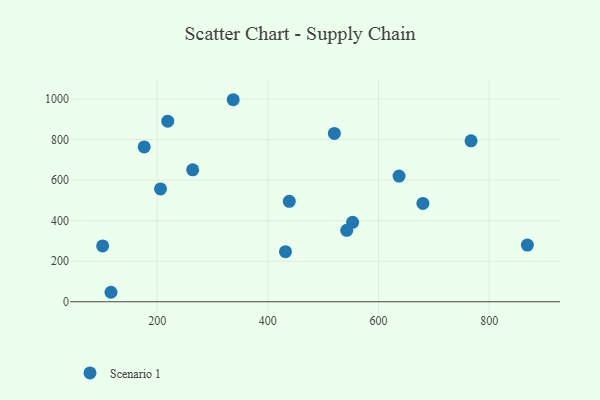
{"axis": {"x": "Ad Spend", "y": "Yield"}, "legend": ["Scenario 1"], "data": [{"x": "176.6", "y": 763.8, "type": "Scenario 1"}, {"x": "520.2", "y": 830.4, "type": "Scenario 1"}, {"x": "869.0", "y": 279.5, "type": "Scenario 1"}, {"x": "553.2", "y": 391.8, "type": "Scenario 1"}, {"x": "219.2", "y": 890.8, "type": "Scenario 1"}, {"x": "337.4", "y": 996.5, "type": "Scenario 1"}, {"x": "767.2", "y": 793.7, "type": "Scenario 1"}, {"x": "542.6", "y": 352.2, "type": "Scenario 1"}, {"x": "101.5", "y": 275.2, "type": "Scenario 1"}, {"x": "116.6", "y": 46.8, "type": "Scenario 1"}, {"x": "438.8", "y": 495.5, "type": "Scenario 1"}, {"x": "264.2", "y": 650.8, "type": "Scenario 1"}, {"x": "680.2", "y": 485.2, "type": "Scenario 1"}, {"x": "637.1", "y": 619.8, "type": "Scenario 1"}, {"x": "206.1", "y": 556.4, "type": "Scenario 1"}, {"x": "431.9", "y": 247.2, "type": "Scenario 1"}]}